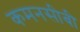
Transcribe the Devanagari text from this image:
कमनसीबी